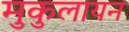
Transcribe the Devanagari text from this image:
मुकुलायन